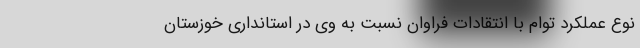
نوع عملکرد توام با انتقادات فراوان نسبت به وی در استانداری خوزستان